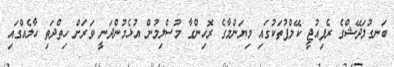
ބަނގުލަދޭޝްގެ ރެފިއުޖީ ކޭމްޕުތަކުގައި މިޔަންމާގެ ރޮހިންގާ މުސްލިމުން އުޅެމުންދަނީ ވަރަށް ހިތްދަތި ހާލެއްގައި